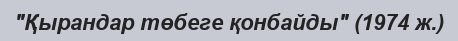
"Қырандар төбеге қонбайды" (1974 ж.)